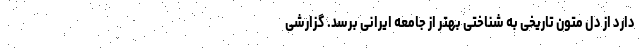
دارد از دل متون تاریخی به شناختی بهتر از جامعه ایرانی برسد. گزارشی